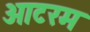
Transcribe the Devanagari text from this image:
ओटरम